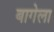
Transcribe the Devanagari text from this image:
बागेला